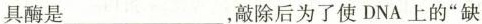
具酶是___，敲除后为了使DNA上的”缺